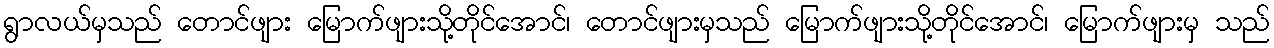
ရွာလယ်မှသည် တောင်ဖျား မြောက်ဖျားသို့တိုင်အောင်၊ တောင်ဖျားမှသည် မြောက်ဖျားသို့တိုင်အောင်၊ မြောက်ဖျားမှ သည်